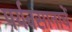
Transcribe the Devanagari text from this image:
पर्यवसानाचें